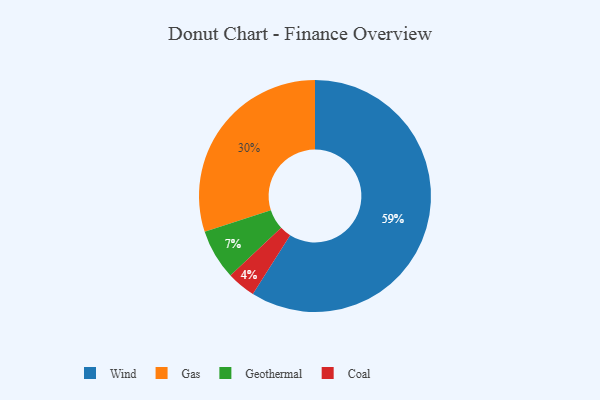
{"axis": {"x": "Category", "y": "Percentage"}, "legend": ["Coal", "Gas", "Geothermal", "Wind"], "data": [{"x": "Gas", "y": 30, "type": "Gas"}, {"x": "Geothermal", "y": 7, "type": "Geothermal"}, {"x": "Coal", "y": 4, "type": "Coal"}, {"x": "Wind", "y": 59, "type": "Wind"}]}